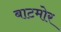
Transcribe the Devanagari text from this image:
बाटमोर